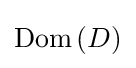
\mathrm {Dom} \left(D\right)